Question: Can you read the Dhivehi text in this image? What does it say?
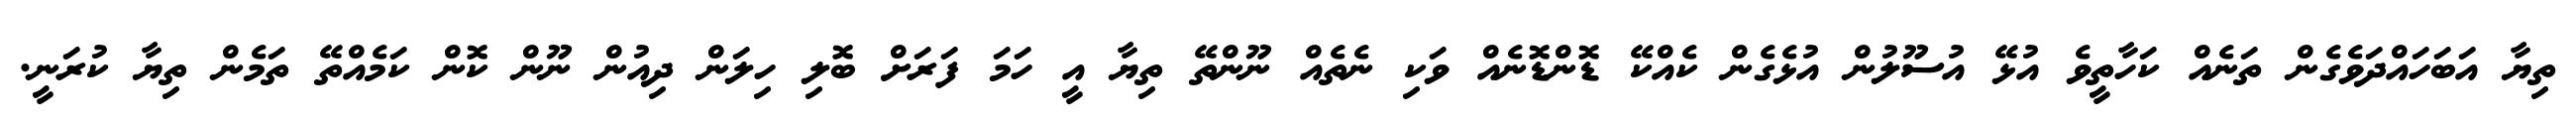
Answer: ތިޔާ އަބަހައްދަވެގެން ތަނެއް ކަހާތީވެ އުޅޭ އުސޫލުން އުޅެގެން ކެއްކޭ ޑޮންޑޮނެއް ވަކި ނެތެއް ނޫންތޭ ތިޔާ އީ ހަމަ ފަރަށް ބޮލި ހިލަން ދިއުން ނޫން ކޮން ކަމެއްތޭ ތަމެން ތިޔާ ކުރަނީ.